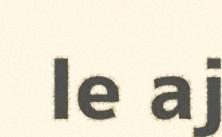
le aj